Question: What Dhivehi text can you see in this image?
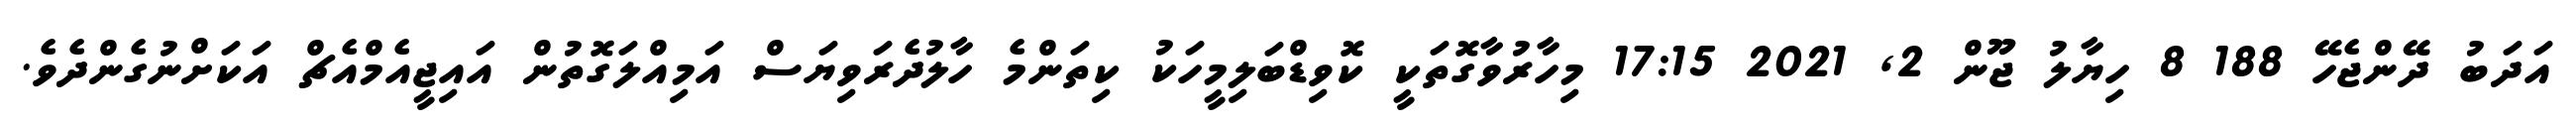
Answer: އަދަބު ދޭންޖެހޭ 188 8 ހިޔާލު ޖޫން 2, 2021 17:15 މިހާރުވާގޮތަކީ ކޮވިޑްބަލިމީހަކު ކިތަންމެ ހާލުދެރަވިޔަސް އަމިއްލަގޮތުން އައިޖީއެމްއެޗް އަކަށްނުގެންދެވެ.